Manual of vaccination for the United Provinces of Agra and Oudh -
Year: 1903
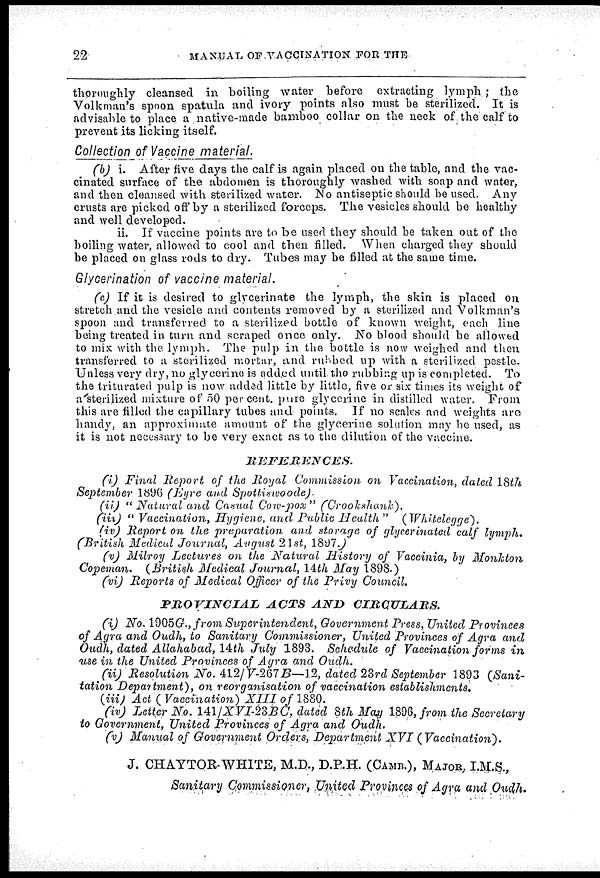
22
MANUAL OF VACCINATION FOR THE
thoroughly cleansed in boiling water before extracting lymph ; the
Volkman's spoon spatula and ivory points also must be sterilized. It is
advisable to place a native-made bamboo collar on the neck of the calf to
prevent its licking itself.
Collection of Vaccine material.
(b) i. After five days the calf is again placed on the table, and the vac-
cinated surface of the abdomen is thoroughly washed with soap and water,
and then cleansed with sterilized water. No antiseptic should he used. Any
crusts are picked off by a sterilized forceps. The vesicles should be healthy
and well developed.
ii. If vaccine points are to be used they should be taken out of the
boiling water, allowed to cool and then filled. When charged they should
be placed on glass rods to dry. Tubes may be filled at the same time.
Glycerination of vaccine material.
(c) If it is desired to glycerinate the lymph, the skin is placed on
stretch and the vesicle and contents removed by a sterilized and Volkman's
spoon and transferred to a sterilized bottle of known weight, each line
being treated in turn and scraped once only. No blood should be allowed
to mix with the lymph. The pulp in the bottle is now weighed and then
transferred to a sterilized mortar, and rubbed up with a sterilized pestle.
Unless very dry, no glycerine is added until the rubbing up is completed. To
the triturated pulp is now added little by little, five or six times its weight of
a sterilized mixture of 50 per cent. pure glycerine in distilled water. From
this are filled the capillary tubes and points. If no scales and weights are
handy, an approximate amount of the glycerine solution may be used, as
it is not necessary to be very exact as to the dilution of the vaccine.
REFERENCES.
(i) Final Report of the Royal Commission on Vaccination, dated 18th
September 1896 (Eyre and
Spotlisivoode).
(ii) "Natural
and Casual Cow-pox"
(Crookshank).
(iii )" Vaccination, Hygiene, and Public Health"
(Whitelegge).
(iv) Report on the preparation
and storage of glycerinated calf lymph.
(British Medical Journal, August 21st, 1897.)
(v) Milroy Lectures on the Natural
History of Vaccinia, by Monkton
Copeman.
(British Medical Journal, 14th May 1898.)
(vi) Reports of Medical Officer of the Privy
Council.
PROVINCIAL
ACTS
AND
CIRCULARS.
(i) No. 1905G ,from Superintendent,
Government Press, United
Provinces
of Agra and Oudh, to Sanitary Commissioner, United Provinces of Agra and
Oudh, dated Allahabad, 14th July 1893. Schedule of Vaccination forms in
use in the United Provinces of Agra and Oudh.
(ii) Resolution No. 412/ V-267 B—12, dated 23rd September 1893 (Sani-
tation Department),
on reorganisation
of vaccination
establishments.
(iii) Act (Vaccination)
XIII of 1880.
(iv) Letter No. 141/XVI-23BC. dated 8th May 1896, from the Secretary
to Government, United Provinces of Agra and Oudh.
(v) Manual of Government Orders, Department XVI
(Vaccination).
J. CHAYTOR.WHITE, M.D., D.P.H. (CAMB.), MAJOR, I.M.S.,
Sanitary Commissioner, United Provinces of Agra and Oudh.